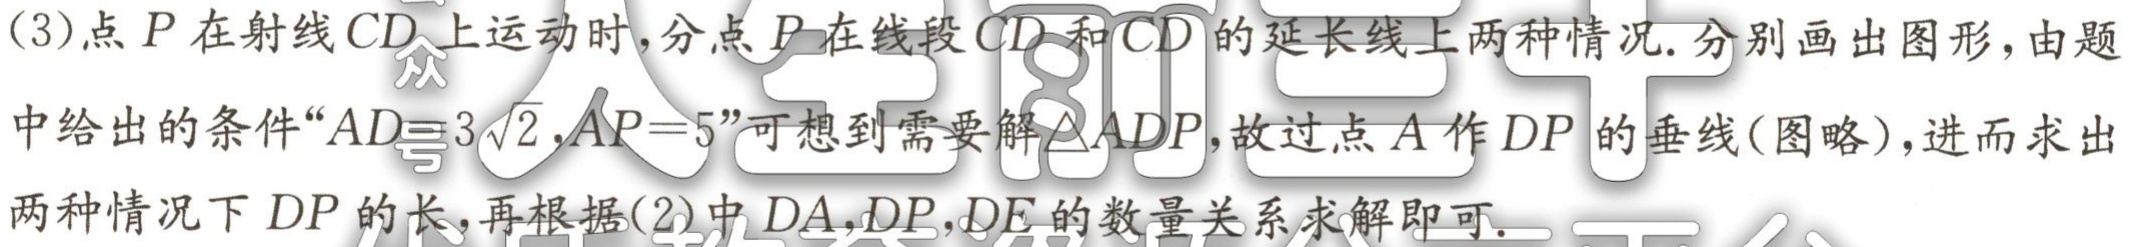
(3)点\(P\)在射线\(CD\)上运动时，分点\(P\)在线段\(CD\)和\(CD\)的延长线上两种情况. 分别画出图形，由题中给出的条件“\(AD = 3\sqrt{2},AP = 5\)”可想到需要解\(\triangle ADP\)，故过点\(A\)作\(DP\)的垂线(图略)，进而求出两种情况下\(DP\)的长，再根据(2)中\(DA,DP,DE\)的数量关系求解即可.